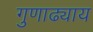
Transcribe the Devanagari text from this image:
गुणाढ्याय